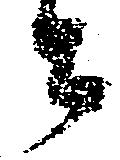
々